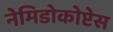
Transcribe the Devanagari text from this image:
नेमिडोकोप्टेस